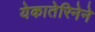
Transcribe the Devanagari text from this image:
येकातेरिनेने